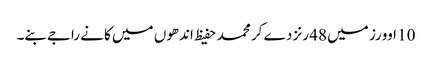
10 اوورز میں 48 رنز دے کر محمد حفیظ اندھوں میں کانے راجےبنے۔